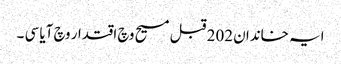
ایہ خاندان 202 قبل مسیح وچ اقتدار وچ آیا سی ۔